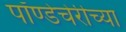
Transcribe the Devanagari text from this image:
पॉण्डेचेरीच्या